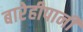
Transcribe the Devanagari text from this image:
बारेहीपानी